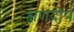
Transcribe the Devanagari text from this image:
क्षणदीप